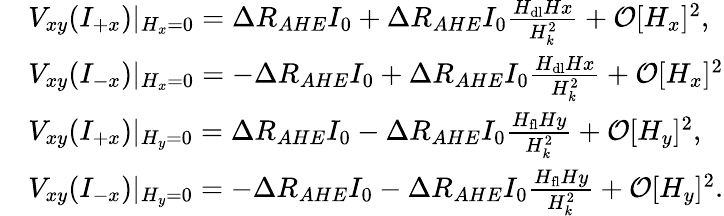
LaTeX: \begin{array}{rl}&{V_{xy}(I_{+x})\lvert{_{H_{x}=0}}=\Delta R_{AHE}I_{0}+\Delta R_{AHE}I_{0}\frac{H_{\mathrm{dl}}Hx}{H_{k}^{2}}+\mathcal{O}[H_{x}]^{2},}\\ &{V_{xy}(I_{-x})\lvert{_{H_{x}=0}}=-\Delta R_{AHE}I_{0}+\Delta R_{AHE}I_{0}\frac{H_{\mathrm{dl}}Hx}{H_{k}^{2}}+\mathcal{O}[H_{x}]^{2}}\\ &{V_{xy}(I_{+x})\lvert{_{H_{y}=0}}=\Delta R_{AHE}I_{0}-\Delta R_{AHE}I_{0}\frac{H_{\mathrm{fl}}Hy}{H_{k}^{2}}+\mathcal{O}[H_{y}]^{2},}\\ &{V_{xy}(I_{-x})\lvert{_{H_{y}=0}}=-\Delta R_{AHE}I_{0}-\Delta R_{AHE}I_{0}\frac{H_{\mathrm{fl}}Hy}{H_{k}^{2}}+\mathcal{O}[H_{y}]^{2}.}\end{array}